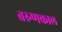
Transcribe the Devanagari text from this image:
तरुणकाल